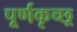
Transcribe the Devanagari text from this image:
पूर्णकृच्छ्र